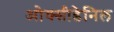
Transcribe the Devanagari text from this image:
ओक्सीडेनिल